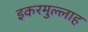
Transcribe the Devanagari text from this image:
इकरमुल्लाह